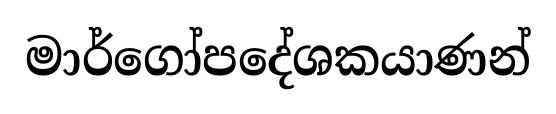
මාර්ගෝපදේශකයාණන්